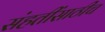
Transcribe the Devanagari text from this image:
संहतींसाठीच